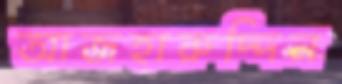
আজহারুদ্দিন